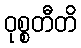
ဝုစ္စတီတိ